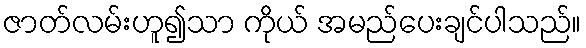
ဇာတ်လမ်းဟူ၍သာ ကိုယ် အမည်ပေးချင်ပါသည်။